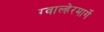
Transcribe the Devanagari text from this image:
ग्वाल्हेरमार्गे